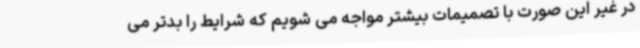
در غیر این صورت با تصمیمات بیشتر مواجه می شویم که شرایط را بدتر می